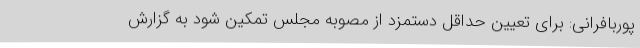
پوربافرانی: برای تعیین حداقل دستمزد از مصوبه مجلس تمکین شود به گزارش